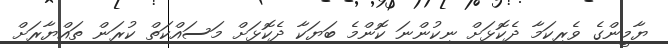
ޔާމީންގެ ވެރިކަމާ ދެކޮޅަށް ނިކުންނަ ކޮންމެ ބަޔަކާ ދެކޮޅަށް މަސައްކަތް ކުރަން ތައްޔާރަށް